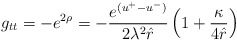
\begin{align*}g_{tt} = - e^{2\rho} = - \frac{e^{(u^{+}-u^{-})}}{2 \lambda^{2} \hat{r}} \left( 1 + \frac{\kappa}{4 \hat{r}} \right)\end{align*}